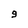
Character: 9